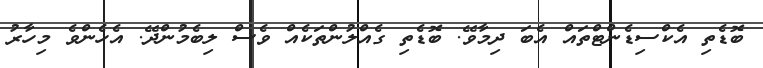
ބޮޑެތި އެކްސިޑެންޓްތައް އެބަ ދިމާވޭ. ބޮޑެތި ގެއްލުންތަކެއް ވެސް ލިބެމުންދޭ. އެހެންވެ މިހާރު